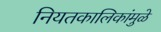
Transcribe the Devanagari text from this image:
नियतकालिकांमुळे